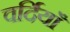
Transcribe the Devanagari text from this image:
वर्दियाँ